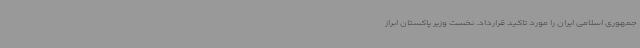
جمهوری اسلامی ایران را مورد تاکید قرارداد. نخست وزیر پاکستان ابراز